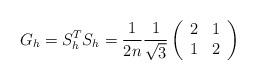
LaTeX: \begin{align*}G_h = S_h^T S_h = \frac{1}{2n} \frac{1}{\sqrt{3}}\left(\begin{array}{c c}2 & 1\\1 & 2\end{array}\right)\end{align*}